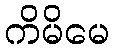
ကိမိမေ